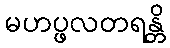
မဟပ္ဖလတရန္တိ